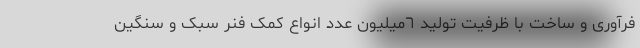
فرآوری و ساخت با ظرفیت تولید ٦میلیون عدد انواع کمک فنر سبک و سنگین